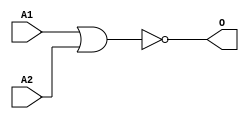
module MJNOR2B1(A1, A2, O);
input   A1;
input   A2;
output  O;
nor g0(O, A1, A2);
endmodule